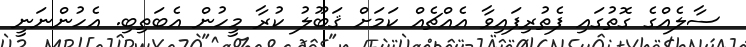
ސާލެއްގެ ގޮތުގައި ފެތުރިފައިވާ އެއްޗެއް ކަމަށް ޤަބޫލު ކުރާ މީހުން އެބަތިބި. އެހުންނަނީ